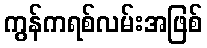
ကွန်ကရစ်လမ်းအဖြစ်